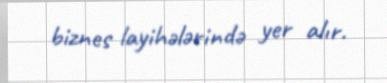
biznes layihələrində yer alır.